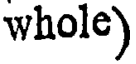
whole)